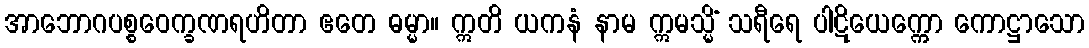
အာဘောဂပစ္စဝေက္ခဏရဟိတာ ဧတေ ဓမ္မာ။ ဣတိ ယကနံ နာမ ဣမသ္မိံ သရီရေ ပါဋိယေက္ကော ကောဋ္ဌာသော